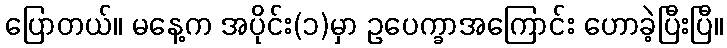
ပြောတယ်။ မနေ့က အပိုင်း(၁)မှာ ဥပေက္ခာအကြောင်း ဟောခဲ့ပြီးပြီ။